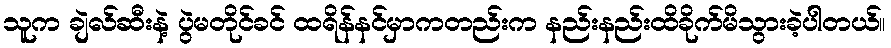
သူက ချဲလ်ဆီးနဲ့ ပွဲမတိုင်ခင် ထရိန်နင်မှာကတည်းက နည်းနည်းထိခိုက်မိသွားခဲ့ပါတယ်။